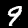
Digit: 9